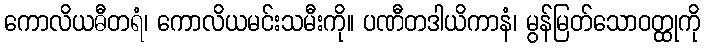
ကောလိယဓီတရံ၊ ကောလိယမင်းသမီးကို။ ပဏီတဒါယိကာနံ၊ မွန်မြတ်သောဝတ္ထုကို